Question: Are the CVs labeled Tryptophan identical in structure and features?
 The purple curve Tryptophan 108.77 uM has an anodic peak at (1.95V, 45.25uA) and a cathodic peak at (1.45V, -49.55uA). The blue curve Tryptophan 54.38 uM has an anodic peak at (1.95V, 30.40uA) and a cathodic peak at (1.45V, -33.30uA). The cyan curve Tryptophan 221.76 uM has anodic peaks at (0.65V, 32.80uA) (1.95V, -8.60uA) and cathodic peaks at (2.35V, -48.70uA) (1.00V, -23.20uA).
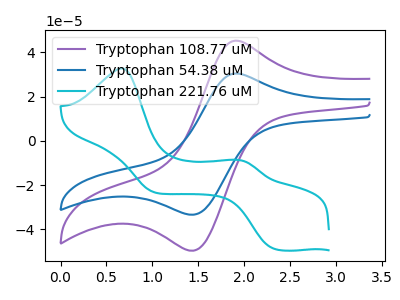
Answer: <think>All the peaks in "Tryptophan 108.77 uM" have a peak in "Tryptophan 54.38 uM" at the same potential. Every peak in "Tryptophan 108.77 uM" is higher than every peak in "Tryptophan 54.38 uM". "Tryptophan 108.77 uM" and "Tryptophan 221.76 uM" have a different number of peaks. "Tryptophan 54.38 uM" and "Tryptophan 221.76 uM" have a different number of peaks.
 </think>
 <answer>All the CV's of "Tryptophan" have similar shape.</answer>
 <eval>follow_rule</eval>